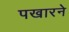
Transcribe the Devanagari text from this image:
पखारने